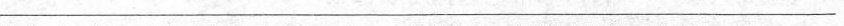
___